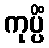
ကုပ္ပိံ